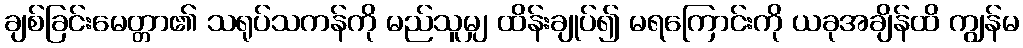
ချစ်ခြင်းမေတ္တာ၏ သရုပ်သကန်ကို မည်သူမျှ ထိန်းချုပ်၍ မရကြောင်းကို ယခုအချိန်ထိ ကျွန်မ